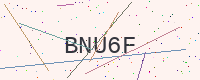
Text: BNU6F